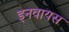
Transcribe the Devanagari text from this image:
इनवायस